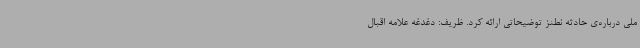
ملی درباره‌ی حادثه نطنز توضیحاتی ارائه کرد. ظریف: دغدغه علامه اقبال